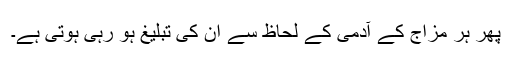
پھر ہر مزاج کے آدمی کے لحاظ سے ان کی تبلیغ ہو رہی ہوتی ہے۔